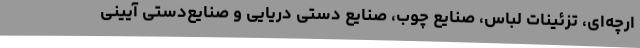
ارچه‌ای، تزئینات لباس، صنایع چوب، صنایع دستی دریایی و صنایع‌دستی آیینی